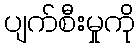
ပျက်စီးမှုကို